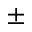
\pm